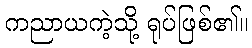
ကညာယကဲ့သို့ ရုပ်ဖြစ်၏။